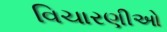
વિચારણીઓ